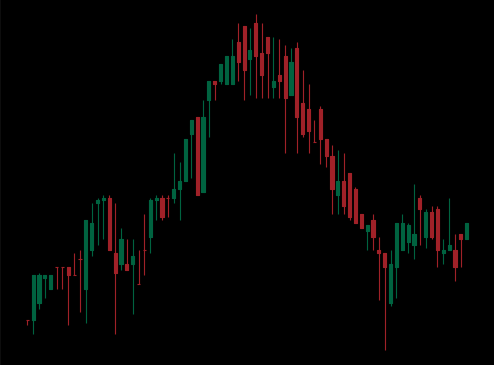
Pattern: head_shoulders